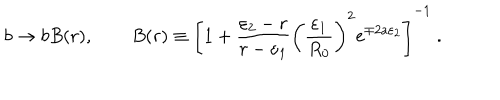
b \rightarrow b B ( r ) , \qquad B ( r ) \equiv \left[ 1 + { \frac { \varepsilon _ { 2 } - r } { r - \varepsilon _ { 1 } } } \left( { \frac { \varepsilon _ { 1 } } { R _ { 0 } } } \right) ^ { 2 } \mathrm { e } ^ { \mp 2 a \varepsilon _ { 2 } } \right] ^ { - 1 } ~ .